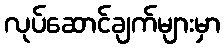
လုပ်ဆောင်ချက်များမှာ